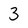
Character: 3